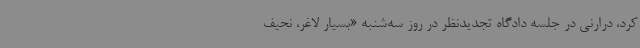
کرد، درارنی در جلسه دادگاه تجدیدنظر در روز سه‌شنبه «بسیار لاغر، نحیف